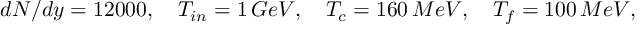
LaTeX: d N / d y = 1 2 0 0 0 , \quad T _ { i n } = 1 \, G e V , \quad T _ { c } = 1 6 0 \, M e V , \quad T _ { f } = 1 0 0 \, M e V ,